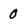
Character: 0